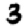
Digit: 3